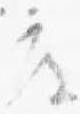
度